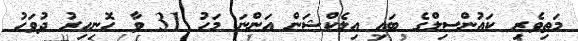
މަތިވެރި ކައުންސިލްގެ ބައި އިލެކްޝަން އަންނަ މަހު 31 ވާ ހޮނިހިރު ދުވަހު